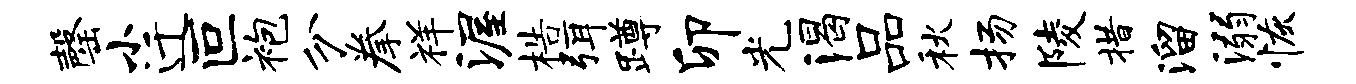
罄小迁叵袍分拳祥渥梏弭蹲卯光渴品秋扬陵措溜溺恢